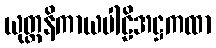
ယုတ္တနိကာယပါဠိအဋ္ဌကထာ